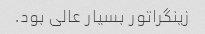
زینگراتور بسیار عالی بود.